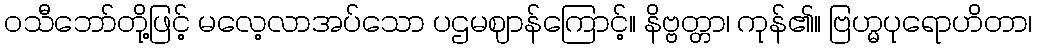
ဝသီဘော်တို့ဖြင့် မလေ့လာအပ်သော ပဌမဈာန်ကြောင့်။ နိဗ္ဗတ္တာ၊ ကုန်၏။ ဗြဟ္မပုရောဟိတာ၊